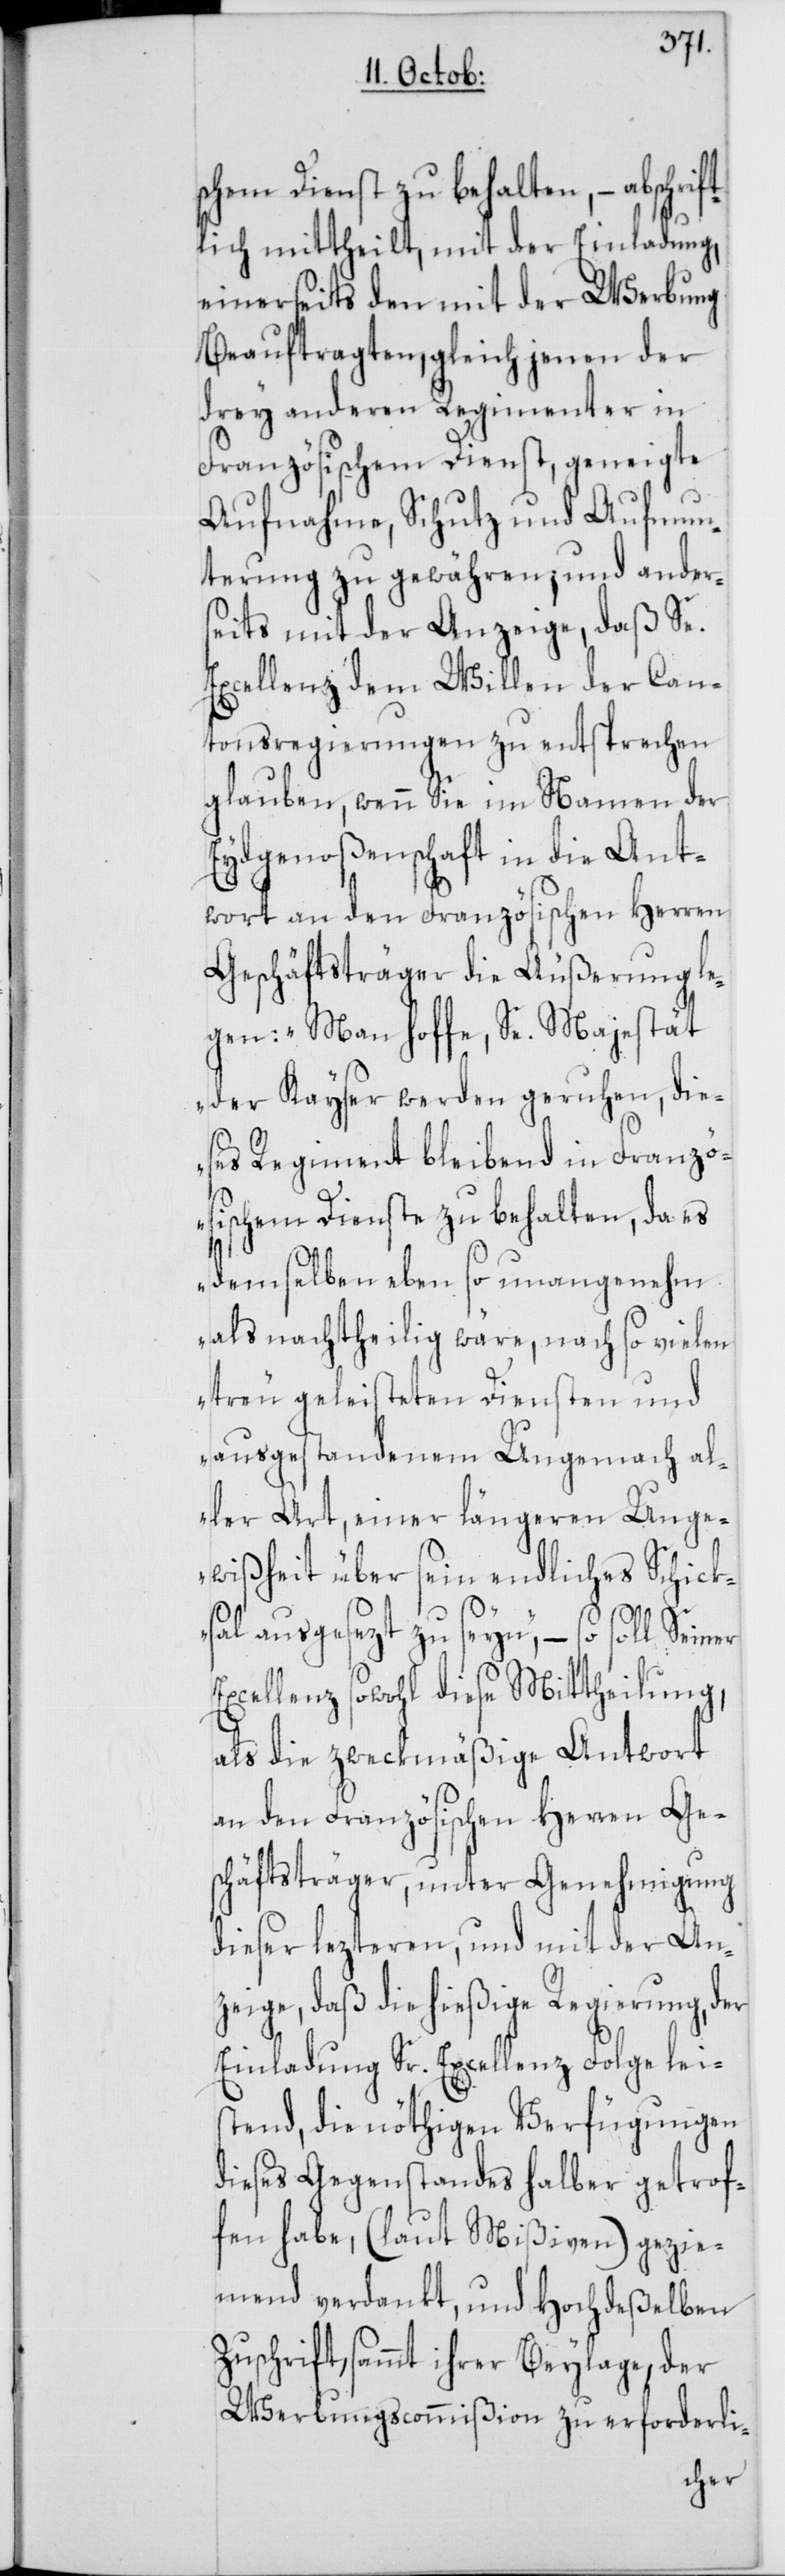
schem Dienst zu behalten, – abschrif¬
tlich mittheilt, mit der Einladung
einerseits den mit der Werbung
Beauftragten, gleich jenen der
drey anderen Regimenter in
Französischem Dienst, geneigte
Aufnahme, Schutz und Aufmun¬
terung zu gewähren; und ander¬
seits mit der Anzeige, daß Se.
Excellenz dem Willen der Can¬
tonsregierungen zu entsprechen
glauben, wenn Sie im Namen der
Eydgenoßenschaft in die Ant¬
wort an den Französischen Herren
Geschäftsträger die Äußerung le¬
gen: „Man hoffe, Se. Majestät
der Kayser werden geruhen, die¬
ses Regiment bleibend in Franzö¬
sischem Dienste zu behalten, da es
demselben eben so unangenehm
als nachtheilig wäre, nach so vielen
treu geleisteten Diensten und
ausgestandenem Ungemach al¬
ler Art, einer längeren Unge¬
wißheit über sein endliches Schick¬
sal ausgesezt zu seyn“, – so soll
Excellenz sowohl diese Mittheilung,
als die zweckmäßige Antwort
an den Französischen Herren Ge¬
schäftsträger, unter Genehmigung
dieser lezteren, und mit der An¬
zeige, daß die hießige Regierung, der
Einladung Sr. Excellenz Folge lei¬
stend, die nöthigen Verfügungen
dieses Gegenstandes halber getrof¬
fen habe, (laut Mißiven) gezie¬
mend verdankt, und Hochdeßelben
Zuschrift, sammt ihrer Beylaage, der
Werbungscommißion zu erforderli-